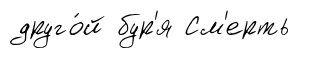
друго́й бур'я См'ерть